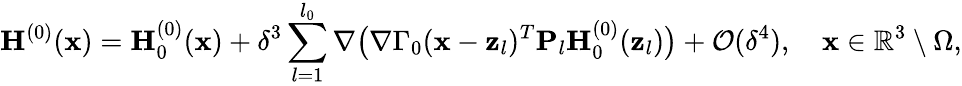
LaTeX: \mathbf{H}^{(0)}(\mathbf{x})=\mathbf{H}_{0}^{(0)}(\mathbf{x})+\delta^{3}\sum_{l=1}^{l_{0}}\nabla\big(\nabla\Gamma_{0}(\mathbf{x}-\mathbf{z}_{l})^{T}\mathbf{P}_{l}\mathbf{H}_{0}^{(0)}(\mathbf{z}_{l})\big)+\mathcal{O}(\delta^{4}),\quad\mathbf{x}\in\mathbb{R}^{3}\setminus\Omega,